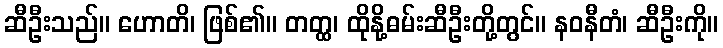
ဆီဦးသည်။ ဟောတိ၊ ဖြစ်၏။ တတ္ထ၊ ထိုနို့ဓမ်းဆီဦးတို့တွင်။ နဝနီတံ၊ ဆီဦးကို။